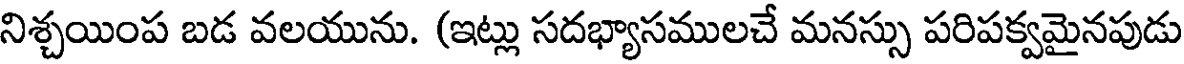
నిశ్చయింప బడ వలయును. (ఇట్లు సదభ్యాసములచే మనస్సు పరిపక్వమైనపుడు